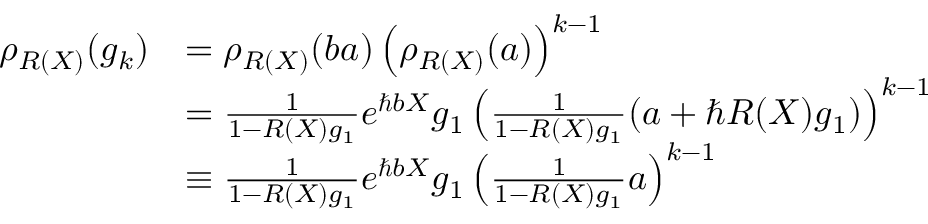
\begin{array} { r l } { \rho _ { R ( X ) } ( g _ { k } ) } & { = \rho _ { R ( X ) } ( b a ) \left( \rho _ { R ( X ) } ( a ) \right) ^ { k - 1 } } \\ & { = \frac { 1 } { 1 - R ( X ) g _ { 1 } } e ^ { \hbar b X } g _ { 1 } \left( \frac { 1 } { 1 - R ( X ) g _ { 1 } } ( a + \hbar R ( X ) g _ { 1 } ) \right) ^ { k - 1 } } \\ & { \equiv \frac { 1 } { 1 - R ( X ) g _ { 1 } } e ^ { \hbar b X } g _ { 1 } \left( \frac { 1 } { 1 - R ( X ) g _ { 1 } } a \right) ^ { k - 1 } } \end{array}